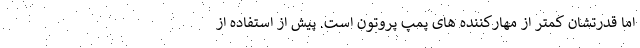
اما قدرتشان کمتر از مهارکننده های پمپ پروتون است. پیش از استفاده از